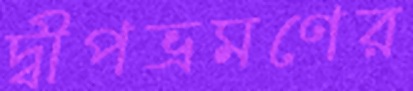
দ্বীপভ্রমণের